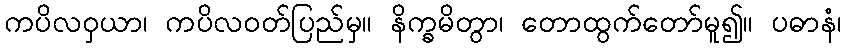
ကပိလဝှယာ၊ ကပိလဝတ်ပြည်မှ။ နိက္ခမိတွာ၊ တောထွက်တော်မူ၍။ ပဓာနံ၊